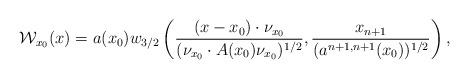
LaTeX: \begin{align*}\mathcal{W}_{x_0}(x)=a(x_0)w_{3/2}\left(\frac{(x-x_0)\cdot \nu_{x_0}}{(\nu_{x_0}\cdot A(x_0)\nu_{x_0})^{1/2}}, \frac{x_{n+1}}{(a^{n+1,n+1}(x_0))^{1/2}}\right),\end{align*}